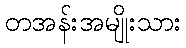
တအန်းအမျိုးသား